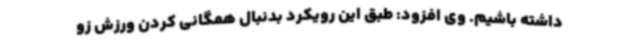
داشته باشیم. وی افزود: طبق این رویکرد بدنبال همگانی کردن ورزش‌ زو